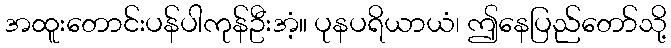
အထူးတောင်းပန်ပါကုန်ဦးအံ့။ ပုနပရိယာယံ၊ ဤနေပြည်တော်သို့